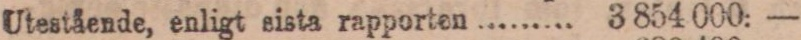
Utestående, enligt sista rapporten ......... 3 854 000: —